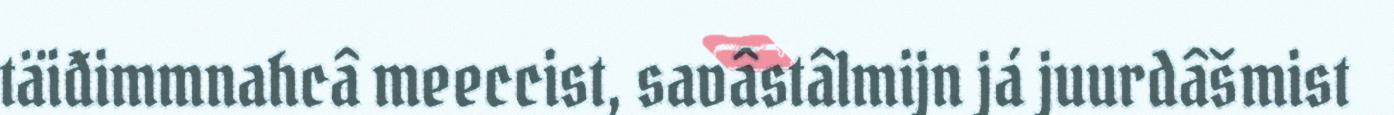
täiđimmnahcâ meeccist, savâstâlmijn já juurdâšmist